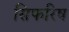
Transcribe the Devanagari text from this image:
सिफरिष